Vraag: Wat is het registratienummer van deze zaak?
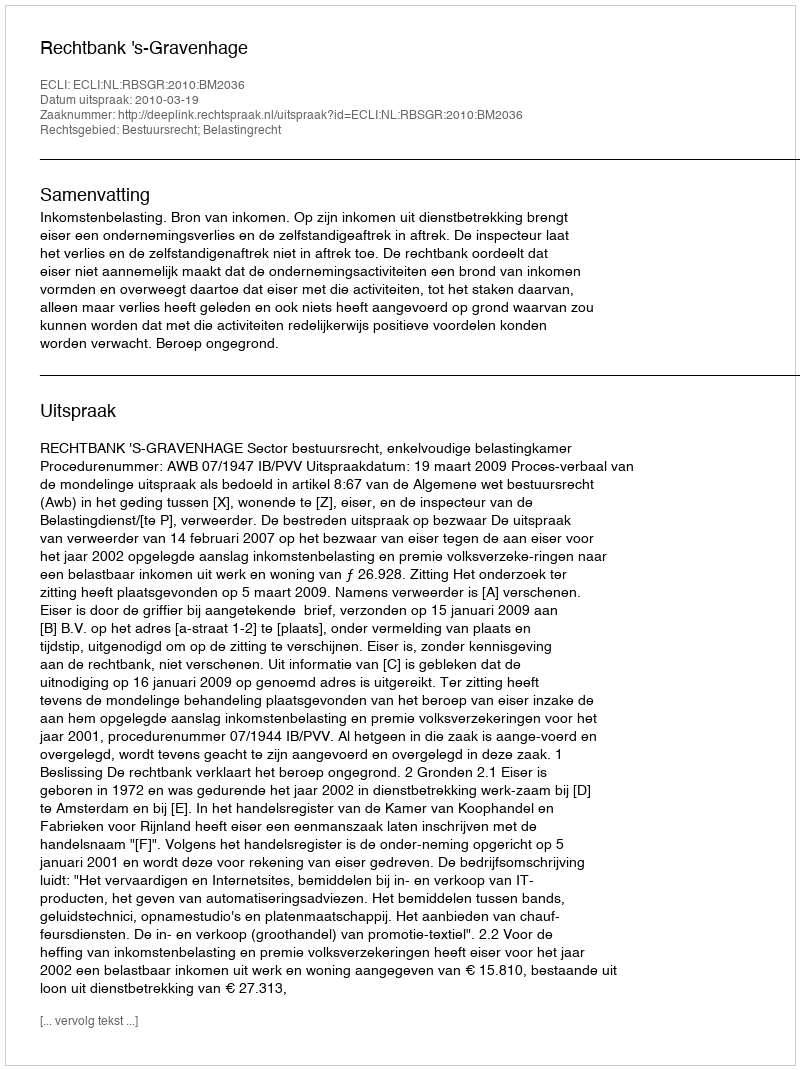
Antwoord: http://deeplink.rechtspraak.nl/uitspraak?id=ECLI:NL:RBSGR:2010:BM2036